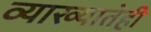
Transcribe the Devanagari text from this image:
व्याख्यातेही